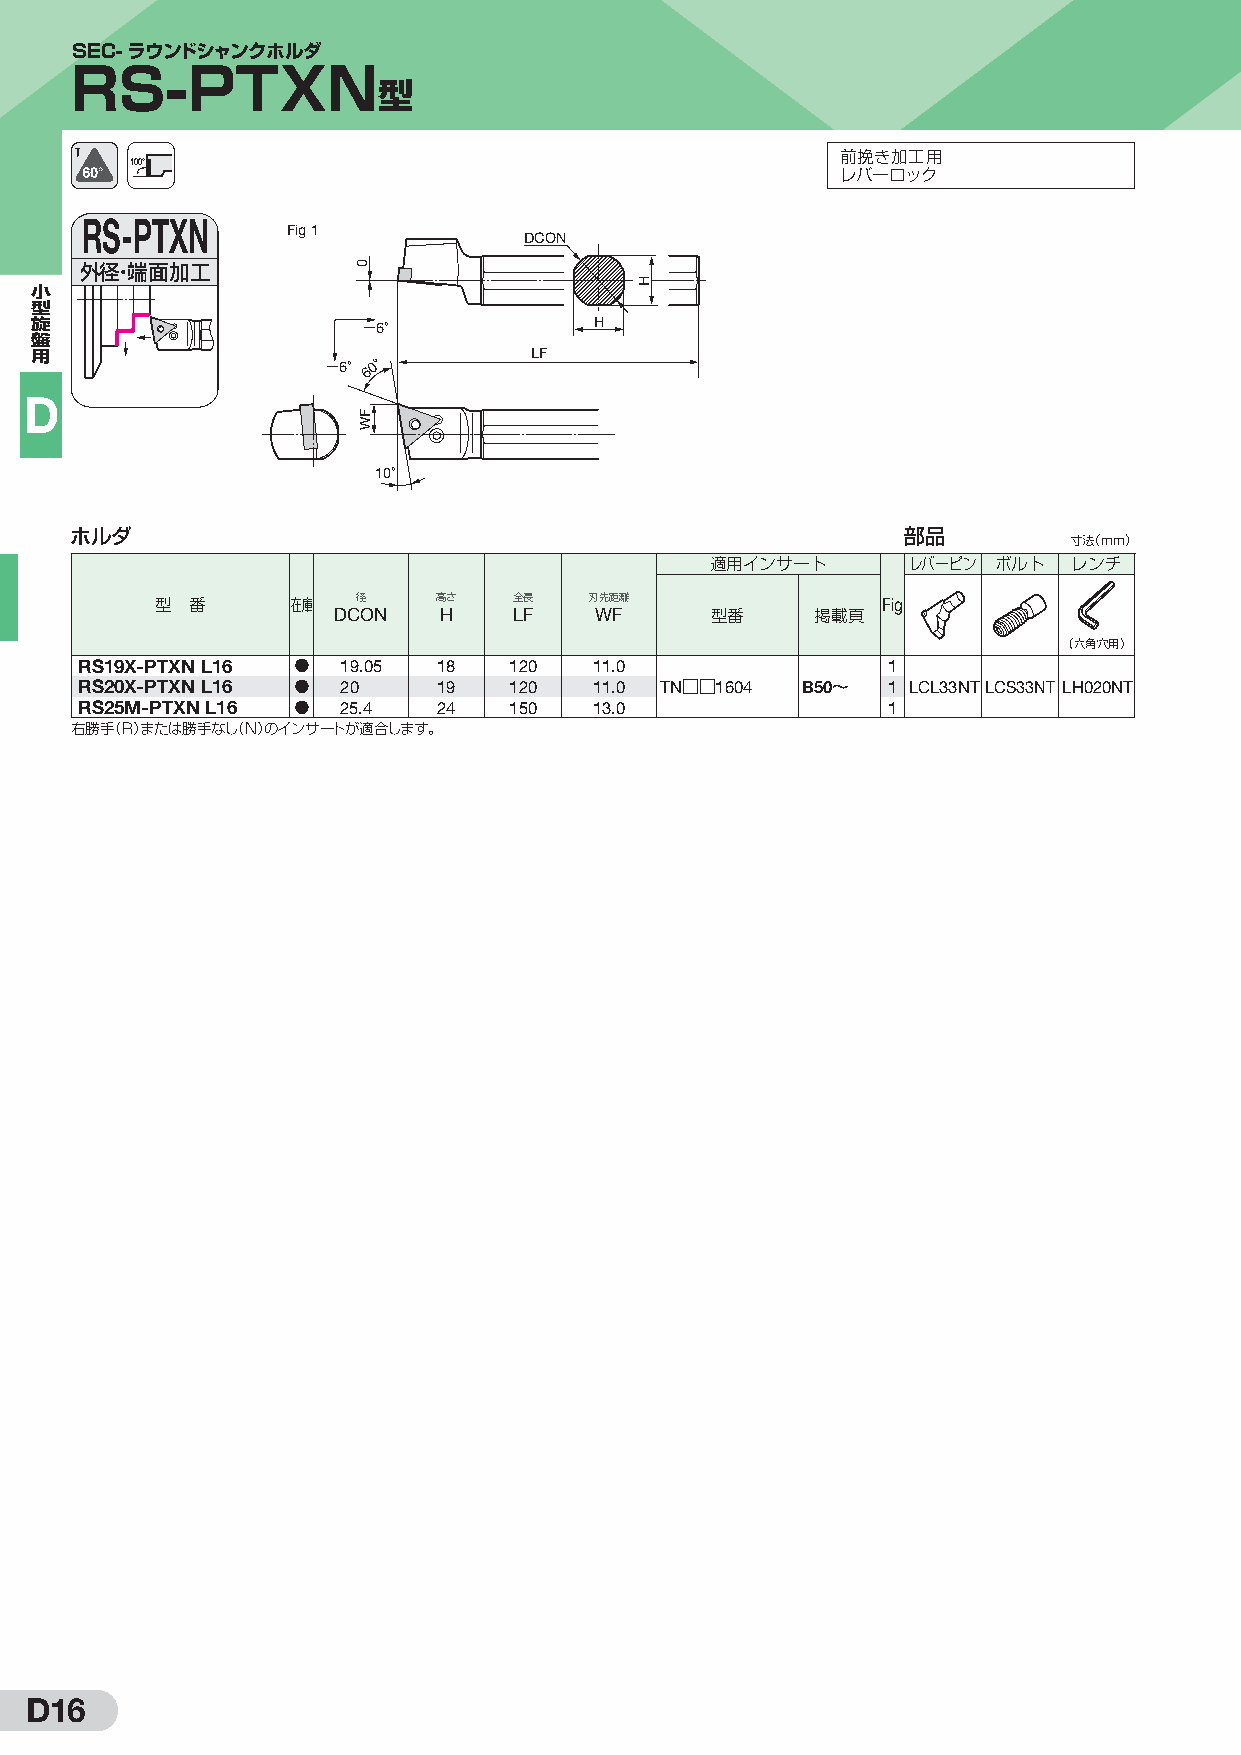
SEC-ラウンドシャンクホルダ
 RS-PTXN
 型
 100°                                           前挽き加工用
 レバーロック
 RS-PTXN
 Fig 1
 DCON
 外径・端面加工
 小
 型
 旋                     −6°            H
 盤
 用                   −6°60 °      LF
 D
 10°
 ホルダ                                                    部品
 寸法（mm）
 適用インサート      レバーピン ボルト  レンチ
 型 番      在庫 DC径 ON 高 Hさ 全 LF長 刃 W先距 F離          Fig
 型番     掲載頁
 （六角穴用）
 RS19X-PTXN L16 D  19.05 18   120  11.0                1
 RS20X-PTXN L16 D  20    19   120  11.0 TN□□1604 B50〜  1 LCL33NTLCS33NT LH020NT
 RS25M-PTXN L16 D  25.4  24   150  13.0                1
 右勝手（R）または勝手なし（N）のインサートが適合します。
 D16
 0
 FW
 H